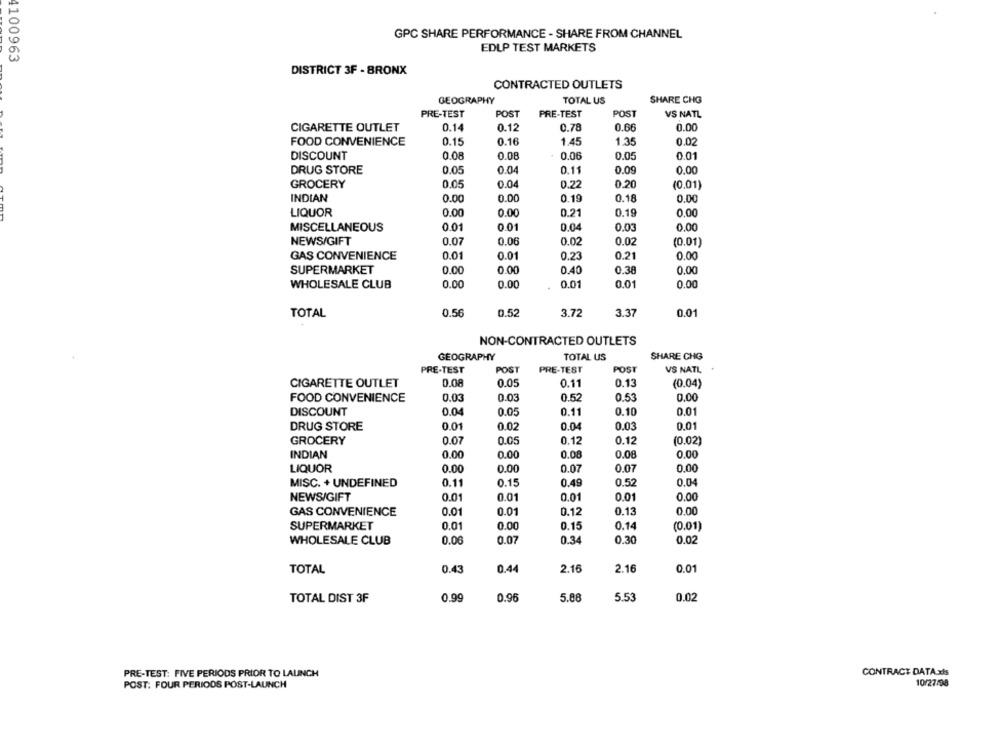
GPC SHARE PERFORMANCE - SHARE FROM CHANNEL
EDLP TEST MARKETS
4100963
DISTRICT 3F - BRONX
CONTRACTED OUTLETS
GEOGRAPHY
TOTAL US
SHARE CHG
PRE-TEST
POST
PRE-TEST
POST
VS NATL
CIGARETTE OUTLET
0.14
0.12
0.78
0.66
0.00
FOOD CONVENIENCE
0.15
0.16
1.45
1.35
0.02
DISCOUNT
0.08
0.08
0.06
0.05
0.01
DRUG STORE
0.05
0.04
0.11
0.09
0.00
GROCERY
0.05
0.04
0.22
0.20
(0.01)
INDIAN
0.00
0.00
0.19
0.18
0.00
LIQUOR
0.00
0.00
0.21
0.19
0.00
0.00
MISCELLANEOUS
0.01
0.01
0.04
0.03
NEWS/GIFT
0.07
0.06
0.02
0.02
(0.01)
GAS CONVENIENCE
0.01
0.01
0.23
0.21
0.00
SUPERMARKET
0.00
0.00
0.40
0.38
0.00
WHOLESALE CLUB
0.00
0.00
0.01
0.01
0.00
TOTAL
0.56
0.52
3.72
3.3
0.01
NON-CONTRACTED OUTLETS
GEOGRAPHY
TOTAL US
SHARE CHG
POST
PRE-TEST
POST
PRE-TEST
VS NATL
CIGARETTE OUTLET
0.08
0.05
0.11
0.13
(0.04)
FOOD CONVENIENCE
0.03
0.03
0.52
0.53
0.00
DISCOUNT
0.04
0.05
0.11
0.10
0.01
DRUG STORE
0.01
0.02
0.04
0.03
0.01
GROCERY
0.07
0.05
0.12
0.12
(0.02)
INDIAN
0.00
0.00
0.08
0.08
0.00
LIQUOR
0.00
0.00
0.07
0.07
0.00
MISC. + UNDEFINED
0.11
0.15
0.49
0.52
0.04
0.00
NEWS/GIFT
0.01
0.01
0.01
0.01
0.13
0.00
GAS CONVENIENCE
0.01
0.01
0.12
SUPERMARKET
0.01
0.00
0.15
0.14
(0.01)
WHOLESALE CLUB
0.06
0.07
0.34
0.30
0.02
TOTAL
0.43
0.44
2.16
2.16
0.01
TOTAL DIST 3F
0.99
0.96
5.88
5.53
0.02
PRE-TEST: FIVE PERIODS PRIOR TO LAUNCH
CONTRACT DATA xis
10/27/98
POST: FOUR PERIODS POST-LAUNCH